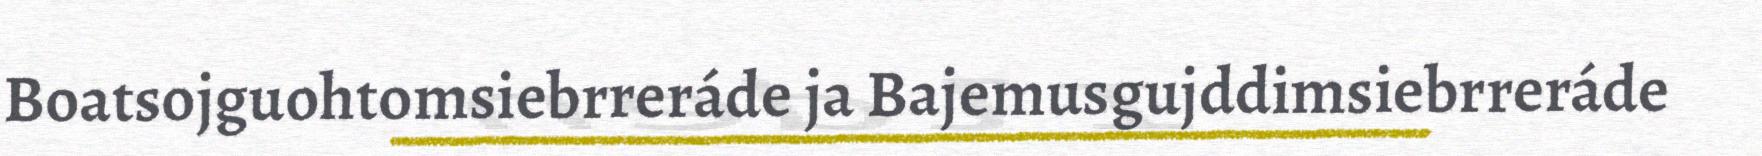
Boatsojguohtomsiebrreráde ja Bajemusgujddimsiebrreráde